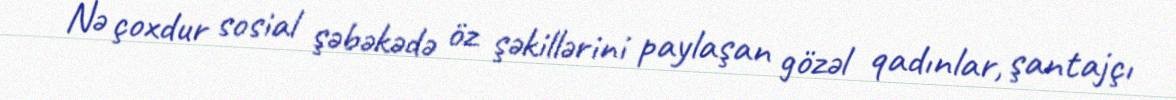
Nə çoxdur sosial şəbəkədə öz şəkillərini paylaşan gözəl qadınlar, şantajçı